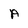
Character: A